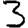
Digit: 3